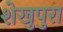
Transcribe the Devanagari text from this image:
शेखुपुरा